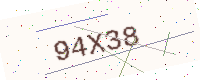
Text: 94X38